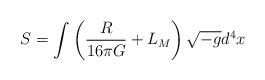
LaTeX: \begin{align*}S=\int \left ( \frac{R}{16\pi G} + L_M \right ) \sqrt{-g} d^4x\ \end{align*}